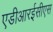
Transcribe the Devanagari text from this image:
एडीआरईसीएस